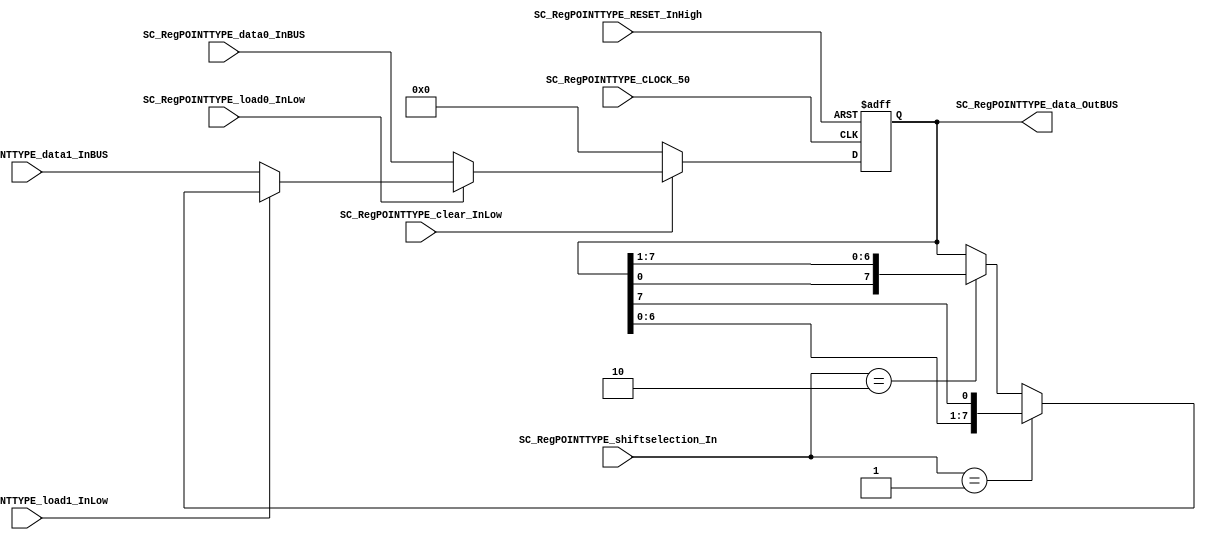
/*######################################################################
//#	G0B1T: HDL EXAMPLES. 2018.
//######################################################################
//# Copyright (C) 2018. F.E.Segura-Quijano (FES) fsegura@uniandes.edu.co
//# 
//# This program is free software: you can redistribute it and/or modify
//# it under the terms of the GNU General Public License as published by
//# the Free Software Foundation, version 3 of the License.
//#
//# This program is distributed in the hope that it will be useful,
//# but WITHOUT ANY WARRANTY; without even the implied warranty of
//# MERCHANTABILITY or FITNESS FOR A PARTICULAR PURPOSE.  See the
//# GNU General Public License for more details.
//#
//# You should have received a copy of the GNU General Public License
//# along with this program.  If not, see <http://www.gnu.org/licenses/>
//####################################################################*/
//=======================================================
//  MODULE Definition
//=======================================================
module SC_RegPOINTTYPE #(parameter RegPOINTTYPE_DATAWIDTH=8, parameter DATA_FIXED_INITREGPOINT=8'b00000000)(
	//////////// OUTPUTS //////////
	SC_RegPOINTTYPE_data_OutBUS,
	
	//////////// INPUTS //////////
	SC_RegPOINTTYPE_CLOCK_50,
	SC_RegPOINTTYPE_RESET_InHigh,
	SC_RegPOINTTYPE_clear_InLow, 
	SC_RegPOINTTYPE_load0_InLow, 
	SC_RegPOINTTYPE_load1_InLow, 
	SC_RegPOINTTYPE_shiftselection_In,
	SC_RegPOINTTYPE_data0_InBUS,
	SC_RegPOINTTYPE_data1_InBUS
);
//=======================================================
//  PARAMETER declarations
//=======================================================

//=======================================================
//  PORT declarations
//=======================================================
output		[RegPOINTTYPE_DATAWIDTH-1:0]	SC_RegPOINTTYPE_data_OutBUS;
input		SC_RegPOINTTYPE_CLOCK_50;
input		SC_RegPOINTTYPE_RESET_InHigh;
input		SC_RegPOINTTYPE_clear_InLow;
input		SC_RegPOINTTYPE_load0_InLow;	
input		SC_RegPOINTTYPE_load1_InLow;	
input		[1:0] SC_RegPOINTTYPE_shiftselection_In;
input		[RegPOINTTYPE_DATAWIDTH-1:0]	SC_RegPOINTTYPE_data0_InBUS;
input		[RegPOINTTYPE_DATAWIDTH-1:0]	SC_RegPOINTTYPE_data1_InBUS;

//=======================================================
//  REG/WIRE declarations
//=======================================================
reg [RegPOINTTYPE_DATAWIDTH-1:0] RegPOINTTYPE_Register;
reg [RegPOINTTYPE_DATAWIDTH-1:0] RegPOINTTYPE_Signal;
//=======================================================
//  Structural coding
//=======================================================
//INPUT LOGIC: COMBINATIONAL
always @(*)
begin
	if (SC_RegPOINTTYPE_clear_InLow == 1'b0)
		RegPOINTTYPE_Signal = DATA_FIXED_INITREGPOINT;
	else if (SC_RegPOINTTYPE_load0_InLow == 1'b0)
		RegPOINTTYPE_Signal = SC_RegPOINTTYPE_data0_InBUS;
	else if (SC_RegPOINTTYPE_load1_InLow == 1'b0)
		RegPOINTTYPE_Signal = SC_RegPOINTTYPE_data1_InBUS;
	else if (SC_RegPOINTTYPE_shiftselection_In == 2'b01)
		RegPOINTTYPE_Signal = {RegPOINTTYPE_Register[RegPOINTTYPE_DATAWIDTH-2:0],RegPOINTTYPE_Register[RegPOINTTYPE_DATAWIDTH-1]};
	else if (SC_RegPOINTTYPE_shiftselection_In == 2'b10)
		RegPOINTTYPE_Signal = {RegPOINTTYPE_Register[0],RegPOINTTYPE_Register[RegPOINTTYPE_DATAWIDTH-1:1]};
	else
		RegPOINTTYPE_Signal = RegPOINTTYPE_Register;
	end	
//STATE REGISTER: SEQUENTIAL
always @(posedge SC_RegPOINTTYPE_CLOCK_50, posedge SC_RegPOINTTYPE_RESET_InHigh)
begin
	if (SC_RegPOINTTYPE_RESET_InHigh == 1'b1)
		RegPOINTTYPE_Register <= 0;
	else
		RegPOINTTYPE_Register <= RegPOINTTYPE_Signal;
end
//=======================================================
//  Outputs
//=======================================================
//OUTPUT LOGIC: COMBINATIONAL
assign SC_RegPOINTTYPE_data_OutBUS = RegPOINTTYPE_Register;

endmodule